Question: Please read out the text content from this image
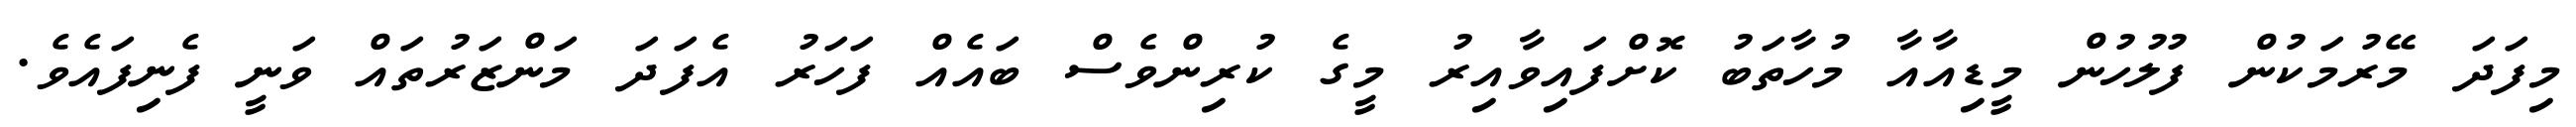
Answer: މިފަދަ މޭރުމަކުން ފުލުހުން މީޑިއާއާ މުހާތަބު ކޮށްފައިވާއިރު މީގެ ކުރިންވެސް ބައެއް ފަހަރު އެފަދަ މަންޒަރުތައް ވަނީ ފެނިފައެވެ.